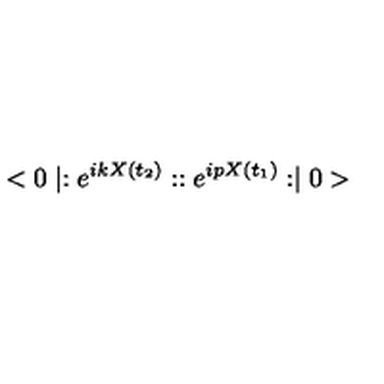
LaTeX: < 0 \mid : e ^ { i k X ( t _ { 2 } ) } : : e ^ { i p X ( t _ { 1 } ) } : \mid 0 >